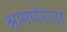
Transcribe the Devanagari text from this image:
श्रामणेरास